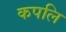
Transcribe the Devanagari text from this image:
कपलि